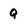
Character: Q